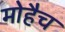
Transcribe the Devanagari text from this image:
मोहैच